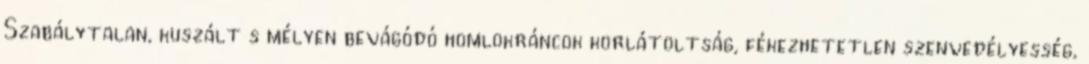
Szabálytalan, kuszált s mélyen bevágódó homlokráncok korlátoltság, fékezhetetlen szenvedélyesség,